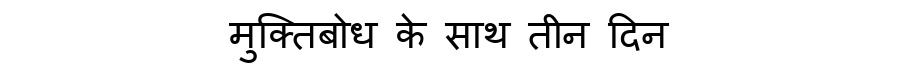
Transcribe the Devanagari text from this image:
मुक्तिबोध के साथ तीन दिन